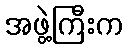
အဖွဲ့ကြီးက